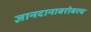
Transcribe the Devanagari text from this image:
ज्ञानदानाबरोबरच